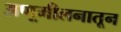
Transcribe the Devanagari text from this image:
अणूमीलनातून